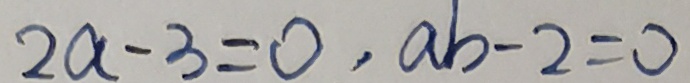
2 a - 3 = 0 , a b - 2 = 0